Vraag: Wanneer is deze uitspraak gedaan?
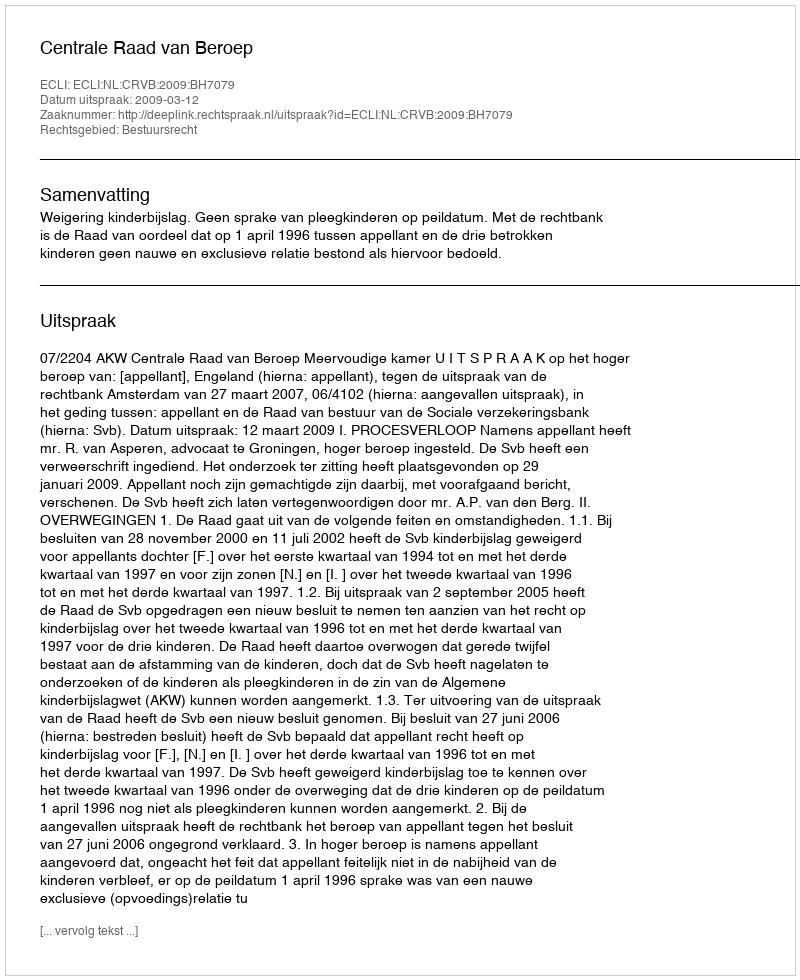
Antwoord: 2009-03-12